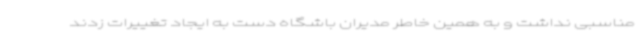
مناسبی نداشت و به همین خاطر مدیران باشگاه دست به ایجاد تغییرات زدند